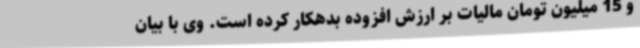
و 15 میلیون تومان مالیات بر ارزش افزوده بدهکار کرده است. وی با بیان